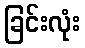
ခြင်းလုံး